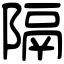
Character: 隔